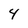
Character: 4